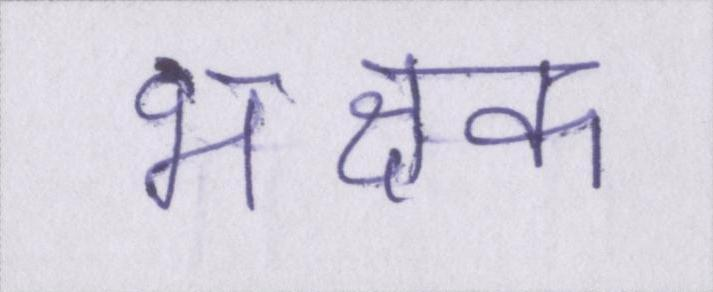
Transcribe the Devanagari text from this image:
भक्षक